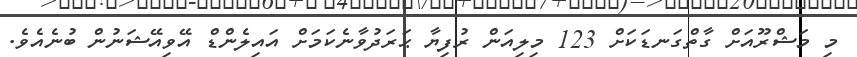
މި މަޝްރޫއަށް ގާތްގަނޑަކަށް 123 މިލިއަން ރުފިޔާ ޙަރަދުވާނެކަމަށް އައިލެންޑް އޭވިއޭޝަނުން ބުނެއެވެ.